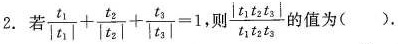
2. 若$$\frac{t_{1}}{|t_{1}|}+ \frac{t_{2}}{|t_{2}|}+ \frac{t_{3}}{|t_{3}|}=1$$,则 \frac{|t_{1}t_{2}t_{3}|}{t_{1}t_{2}t_{3}}的值为( ).